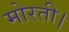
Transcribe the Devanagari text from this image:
मोरती।